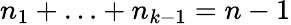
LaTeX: n_{1}+\ldots+n_{k-1}=n-1